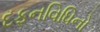
દફનવિધિનો